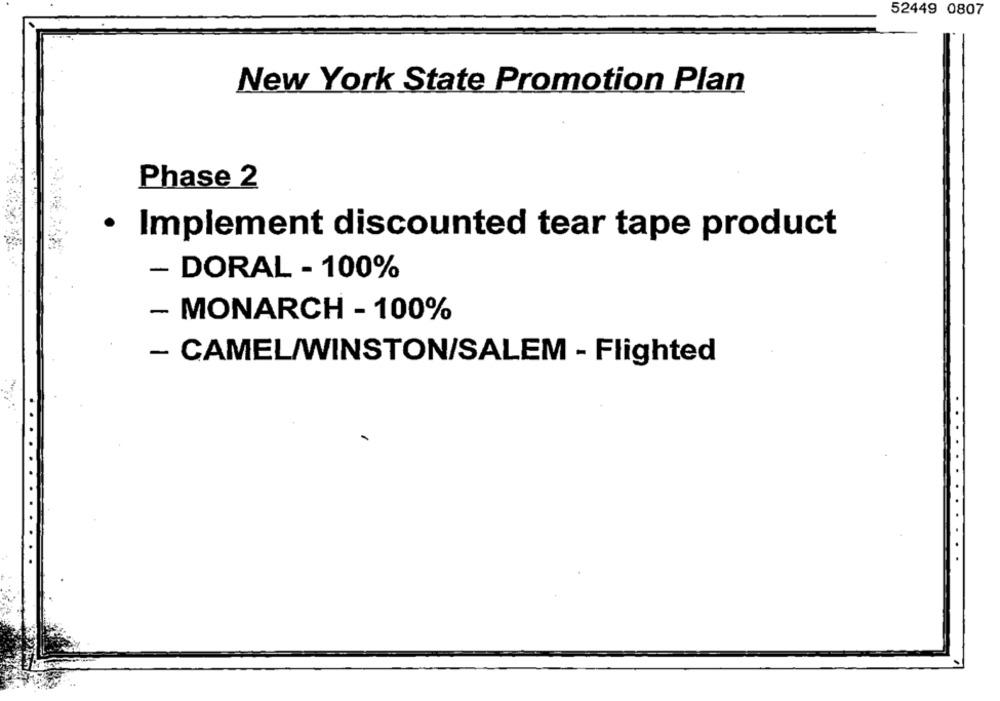
52449 0807
New York State Promotion Plan
Phase 2
· Implement discounted tear tape product
- DORAL - 100%
- MONARCH - 100%
- CAMEL/WINSTON/SALEM - Flighted